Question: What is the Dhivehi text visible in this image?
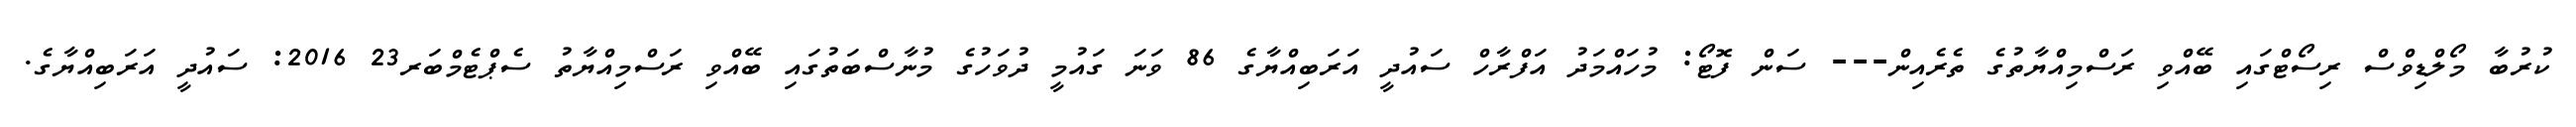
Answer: ކުރުބާ މޯލްޑިވްސް ރިސޯޓްގައި ބޭއްވި ރަސްމިއްޔާތުގެ ތެރެއިން--- ސަން ފޮޓޯ: މުހައްމަދު އަފްރާހް ސައުދީ އަރަބިއްޔާގެ 86 ވަނަ ގައުމީ ދުވަހުގެ މުނާސްބަތުގައި ބޭއްވި ރަސްމިއްޔާތު ސެޕްޓެމްބަރ23 2016: ސައުދީ އަރަބިއްޔާގެ.